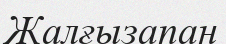
Жалғызапан